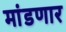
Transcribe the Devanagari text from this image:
मांडणार